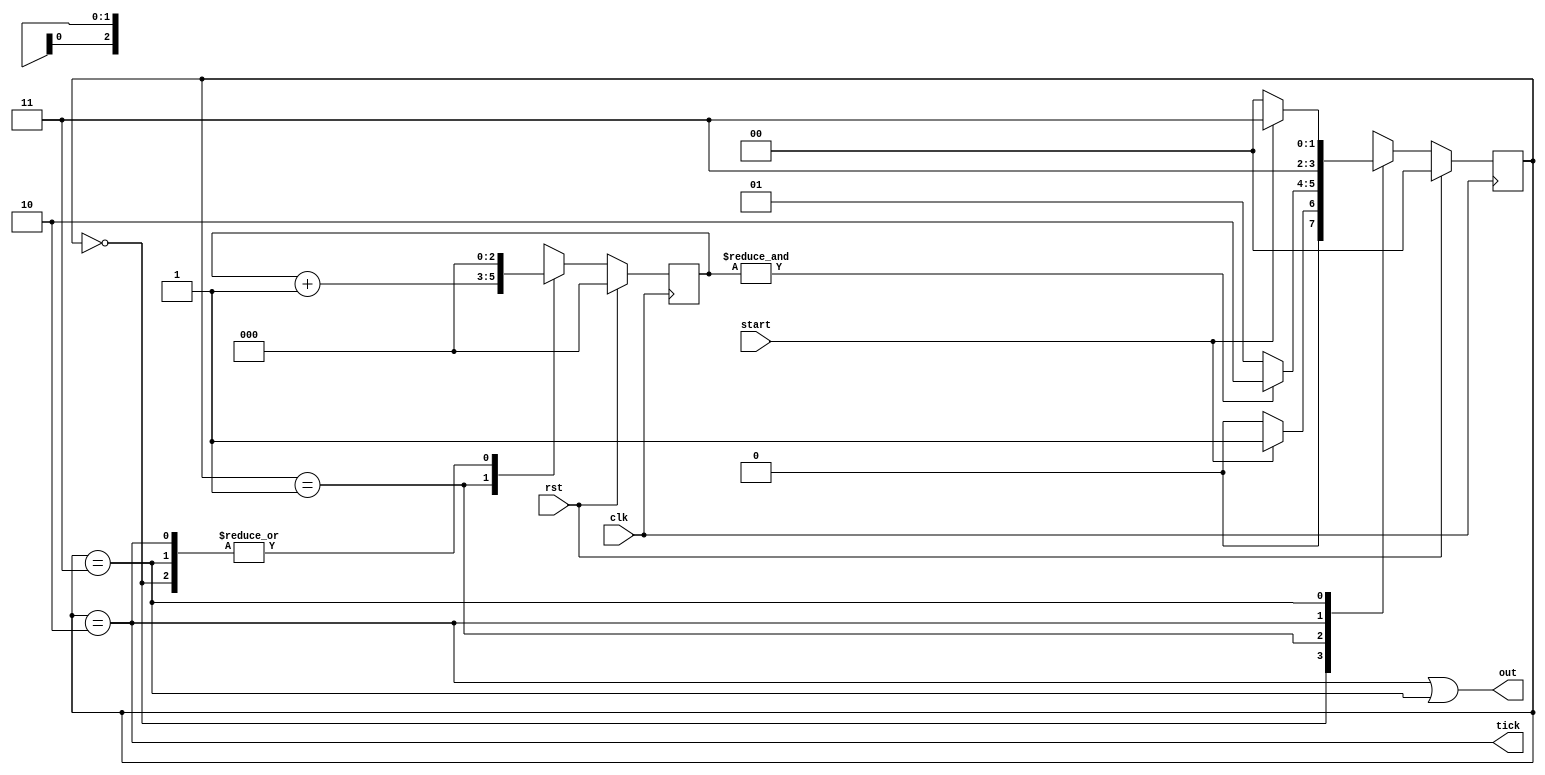
module jump_control
#(parameter N=3)
(
	input  wire         clk, rst, 
	input  wire         start,   // start signal
        output wire         out ,    // output state
	output wire         tick     // trigger
);

//signal declaration
reg [N-1:0] cnt;
reg [N-1:0] cnt_next;

reg [2-1:0] state, state_next;
wire        tirgger;

localparam  [2-1:0] // 8 posible states
        idle     = 2'd0,
        wait1    = 2'd1,
        jump     = 2'd2,
        wait2    = 2'd3;

// body
always @(posedge clk)
	if (rst) begin
                cnt           <=  {N{1'b0}} ;
                state         <=   0 ;
        end
	else begin
		cnt           <=   cnt_next;
                state         <=   state_next ;
        end

// next-state logic 
always @*
begin
        case (state)
                idle : begin // waiting for start
                    if (start) 
                        state_next <= wait1 ;
                    else
                        state_next  <=    idle ;
                    cnt_next        <=    {N{1'b0}} ;
                end
                wait1 : begin // waiting before jump
                    if (&cnt) 
                        state_next <= jump ;
                    else
                        state_next <= wait1 ;
                    cnt_next       <=    cnt + 1 ;
                end
                jump : begin // change the state
                    state_next     <= wait2 ;
                    cnt_next       <=    {N{1'b0}} ;
                end
                wait2 : begin // keep waiting until start changes
                    if (start) 
                        state_next <= wait2 ;
                    else
                        state_next  <=    idle ;
                    cnt_next        <=    {N{1'b0}} ;
                end
                default : begin 
                    state      <= idle;
                    cnt        <= {N{1'b0}} ;
                end
        endcase
end


// output logic

assign tick = (state==jump) ;
assign out  = (state==jump)|(state==wait2) ;

endmodule